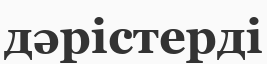
дәрістерді